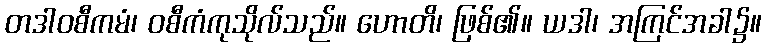
တဒါဝစီကမံ၊ ဝစီကံကုသိုလ်သည်။ ဟောတိ၊ ဖြစ်၏။ ယဒါ၊ အကြင်အခါ၌။